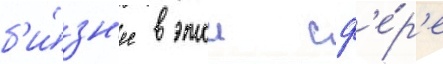
б'и́зн'ес в этои сф'е́р'е